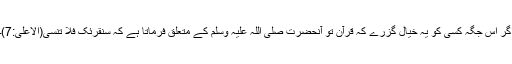
اگر اس جگہ کسی کو یہ خیال گزرے کہ قرآن تو آنحضرت صلی اللہ علیہ وسلم کے متعلق فرماتا ہے کہ سَنُقْرِئُکَ فَلَا تَنْسٰی(الاعلیٰ:7)۔